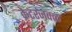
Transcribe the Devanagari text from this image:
क्रेटरजवळ